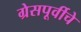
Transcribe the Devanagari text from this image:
ग्रेसपूर्वीचे